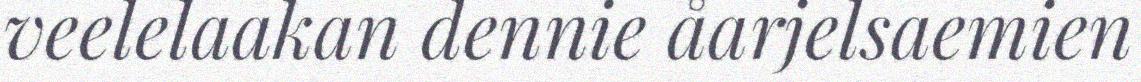
veelelaakan dennie åarjelsaemien